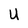
Character: U